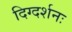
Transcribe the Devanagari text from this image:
दिग्दर्शनः